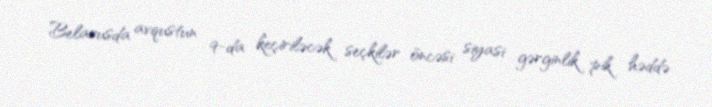
Belarusda avqustun 9-da keçiriləcək seçkilər öncəsi siyasi gərginlik pik həddə